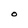
Character: O